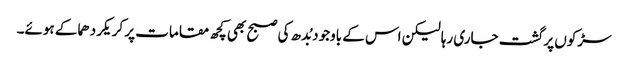
سڑکوں پر گشت جاری رہا لیکن اس کے باوجود بُدھ کی صبح بھی کچھ مقامات پر کریکر دھماکے ہوئے۔